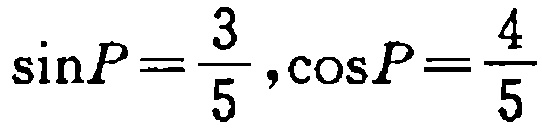
\(\sin P=\frac{3}{5},\cos P=\frac{4}{5}\)